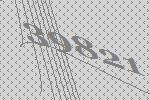
39821